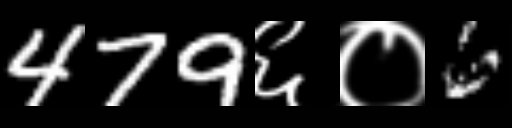
Text: 479६०6